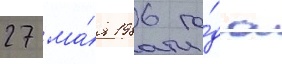
27 ма́я 1986 го́да